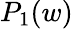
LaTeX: P_{1}(w)